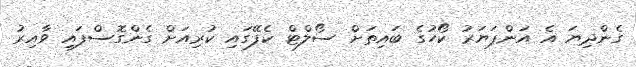
ގެންދިޔަ އެ އަންޕަޔަރު ކޯހުގެ ބައިތަށް ސޯލްޓް ކެފޭގައި ކުރިއަށް ގެންގޮސްފައި ވާއިރު